Insane asylums in Bengal annual reports 1867-1875 - 1867-1875
Year: 1867
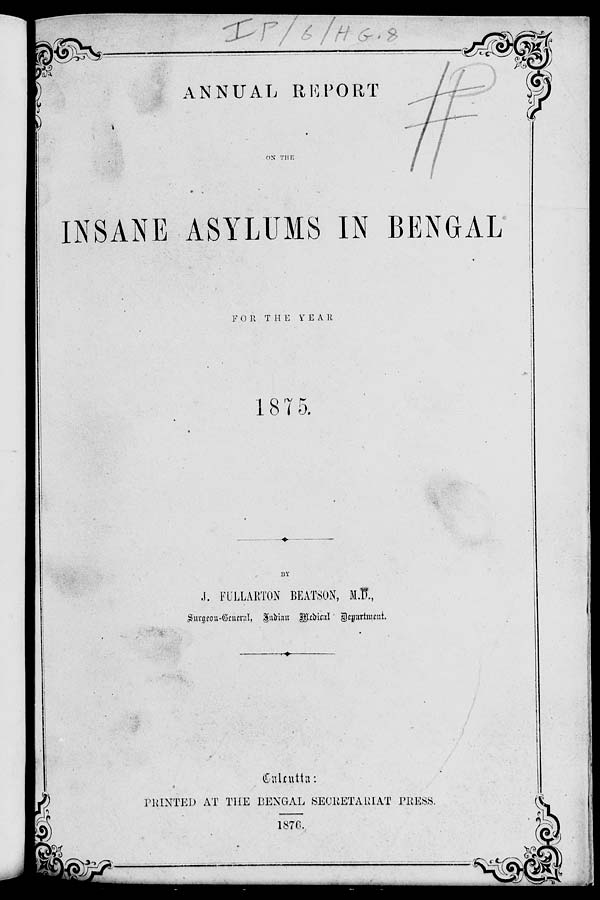
ANNUAL REPORT
ON THE
INSANE ASYLUMS IN BENGAL
FOR THE
YEAR
1875.
BY
J. FULLARTON BEATSON, M.D.,
Surgeon-General, Indian
Medical Department.
Calcutta:
PRINTED AT THE BENGAL SECRETARIAT PRESS.
1876.